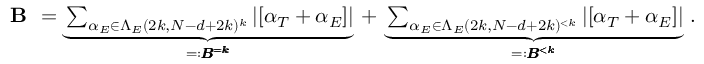
\begin{array} { r } { \textbf { B } = \underbrace { \sum _ { \alpha _ { E } \in \Lambda _ { E } ( 2 k , N - d + 2 k ) ^ { k } } | [ \alpha _ { T } + \alpha _ { E } ] | } _ { = : \pmb { B ^ { = k } } } \, + \, \underbrace { \sum _ { \alpha _ { E } \in \Lambda _ { E } ( 2 k , N - d + 2 k ) ^ { < k } } | [ \alpha _ { T } + \alpha _ { E } ] | } _ { = : \pmb { B ^ { < k } } } \, . } \end{array}